Specificity of antivenomous sera - Number 5
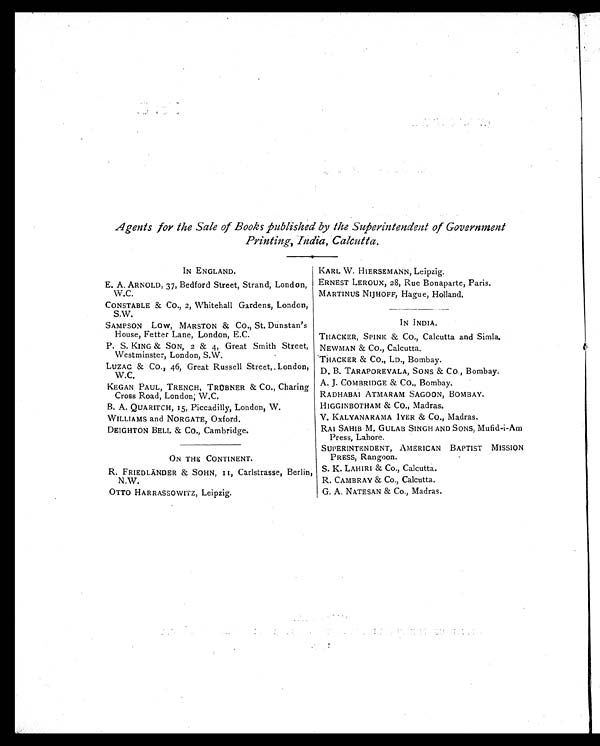
Agents for the Sale of Books published by the Superintendent of Government
Printing, India, Calcutta.
IN ENGLAND.
E. A. ARNOLD, 37, Bedford Street, Strand, London,
W.C.
CONSTABLE & Co., 2, Whitehall Gardens, London,
S.W.
SAMPSON Low, MARSTON & CO., St. Dunstan's
House, Fetter Lane, London, E.C.
P. S. KING & SON, 2 & 4, Great Smith Street,
Westminster, London, S.W.
LUZAC & Co., 46, Great Russell Street, London,
W.C.
KEGAN PAUL, TRENCH, TRÜBNER & CO., Charing
Cross Road, London; W.C.
B. A. QUARITCH, 15, Piccadilly, London, W.
WILLIAMS and NORGATE, Oxford.
DEIGHTON BELL & CO., Cambridge.
ON THE CONTINENT.
R. FRIEDLÄNDER & SOHN, 11, Carlstrasse, Berlin,
N.W.
OTTO HARRASSOWITZ, Leipzig.
KARL W. HIERSEMANN, Leipzig.
ERNEST LEROUX, 28, Rue Bonaparte, Paris.
MARTINUS NIJHOFF, Hague, Holland.
IN INDIA.
THACKER, SPINY & CO., Calcutta and Simla.
NEWMAN & CO., Calcutta.
THACKER & CO., LD., Bombay.
D. B. TARAPOREVALA, SONS & CO., Bombay.
A. J. COMBRIDGE & Co., Bombay.
RADHABAI ATMARAM SAGOON, BOMBAY.
HIGGINBOTHAM & CO., Madras.
V. KALYANARAMA IYER & CO., Madras.
RAI SAHIB M. GULAB SINGH AND SONS, Mufid-i-Am
Press, Lahore.
SUPERINTENDENT, AMERICAN BAPTIST MISSION
PRESS, Rangoon.
S. K. LAHIRI & Co., Calcutta.
R. CAMBRAY & Co., Calcutta.
G. A. NATESAN & Co., Madras.